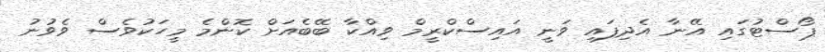
ޕޯސްޓުގައި އޭނާ އެދިފައި ވަނީ އައިސްކްރީމް ވިއްކާ ބޭބެއަށް ކޮންމެ މީހަކުވެސް ވެވުނު